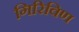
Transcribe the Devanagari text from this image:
गिरिविण